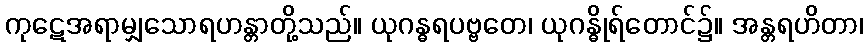
ကုဋေအရာမျှသောရဟန္တာတို့သည်။ ယုဂန္ဓရပဗ္ဗတေ၊ ယုဂန္ဓိုရ်တောင်၌။ အန္တရဟိတာ၊